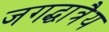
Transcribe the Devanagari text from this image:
जगद्धात्रैय